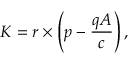
K = r \times \left( p - { \frac { q A } { c } } \right) ,